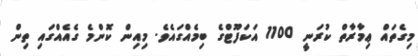
މިގެތައް ޢިމާރާތް ކުރަނީ 1100 އަކަފޫޓްގެ ބިމެއްގައެވެ. މިއިން ކޮންމެ ގެއެއްގައި ތިން